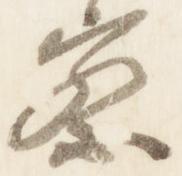
察